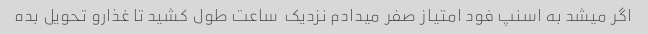
اگر میشد به اسنپ فود امتیاز صفر میدادم نزدیک  ساعت طول کشید تا غذارو تحویل بده